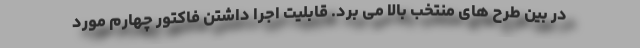
در بین طرح های منتخب بالا می برد. قابلیت اجرا داشتن فاکتور چهارم مورد